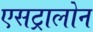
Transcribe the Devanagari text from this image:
एसट्रालोन